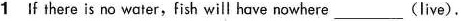
1 If there is no water, fish will have nowhere ___ (live).